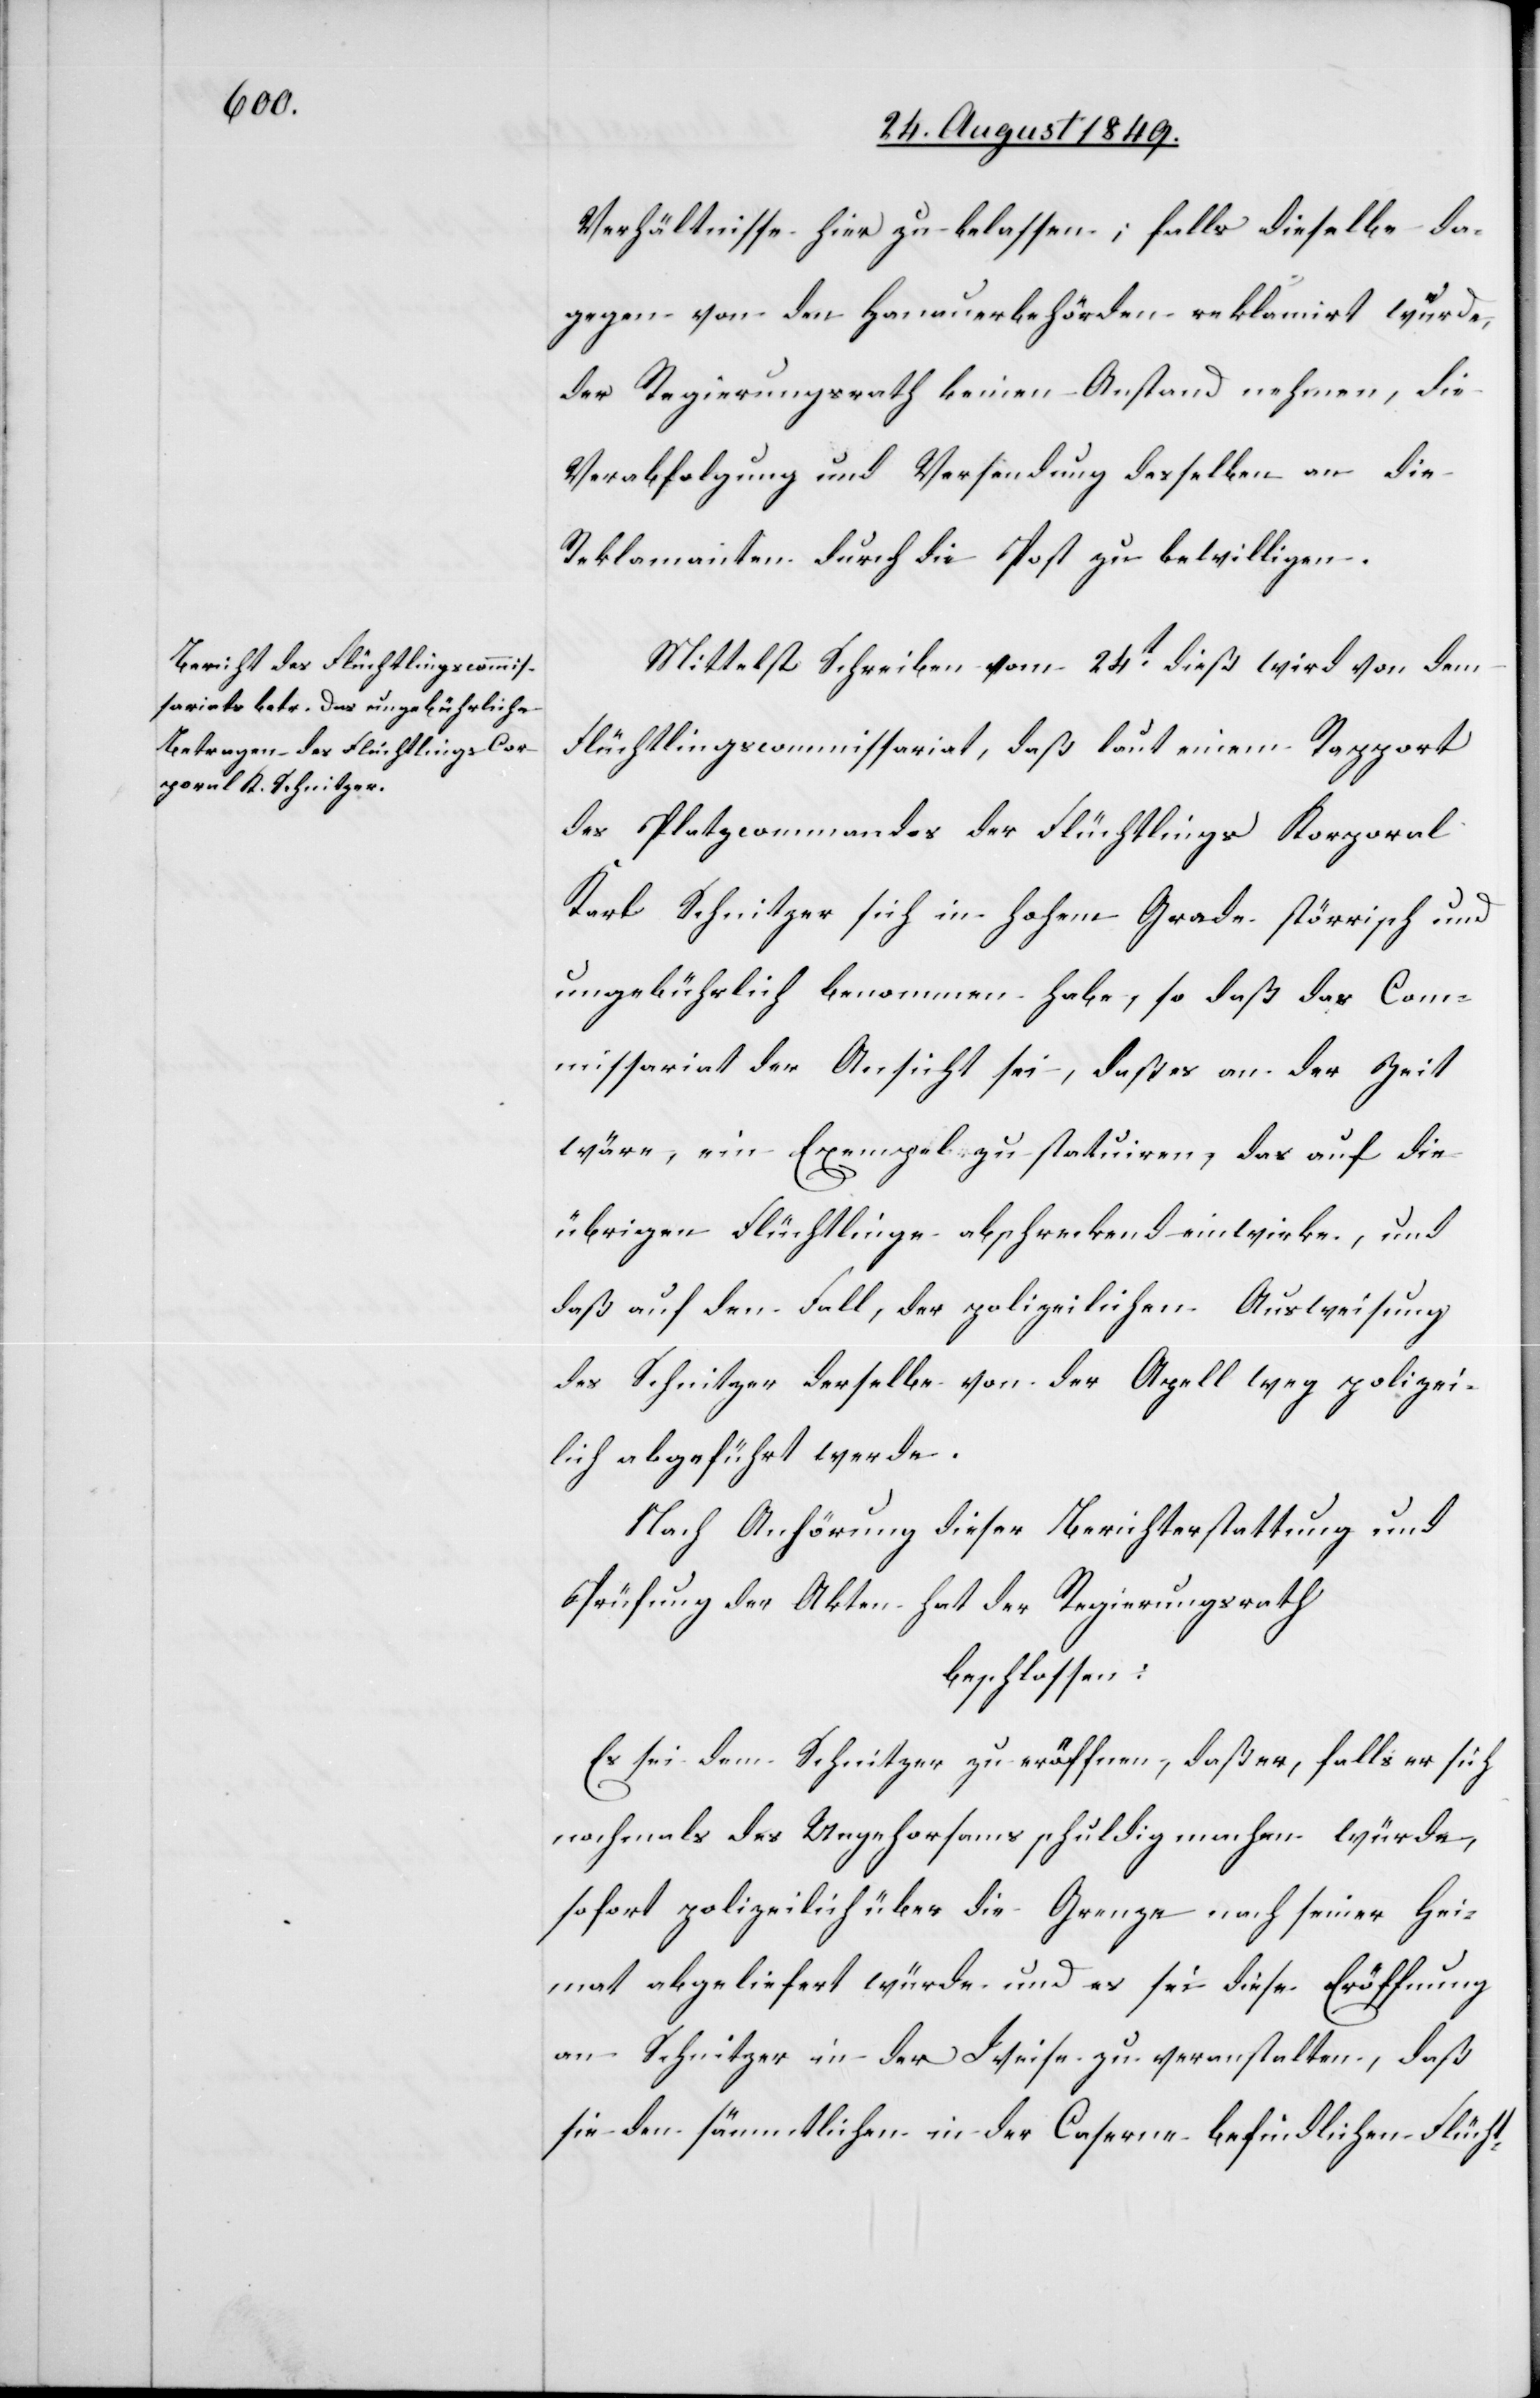
Verhältnisse hier zu belassen; falls dieselbe da¬
gegen von den Hanauerbehörden reklamirt würde,
der Regierungsrath keinen Anstand nehmen [recte:
Verabfolgung und Versendung desselben an die
Reklamation durch die Post zu bewilligen.
Mittelst Schreiben vom 24t dieß wird von dem
Flüchtlingscommissariat, daß laut einem Rapport
des Platzcommandos der Flüchtlings Korporal
Karl Schnitzer sich in hohem Grade störrisch und
ungebührlich benommen habe, so daß das Comm¬
issariat der Ansicht sei, daß es an der Zeit
wäre, ein Exempel zu statuiren, das auf die
übrigen Flüchtlinge abschreckend einwirke, und
daß auf den Fall, der polizeilichen Ausweisung
des Schnitzer derselbe von der Apell weg polizei¬
lich abgeführt werde.
Nach Anhörung dieser Berichterstattung und
Prüfung der Akten hat der Regierungsrath
beschlossen:
Es sei dem Schnitzer zu eröffnen, daß er falls er sich
nochmals des Ungehorsams schuldig machen würde,
sofort polizeilich über die Grenze nach seiner Hei¬
mat abgeliefert würde und es sei diese Eröffnung
an Schnitzer in der Weise zu veranstalten, daß
sie den sämmtlichen in der Caserne befindlichen Flücht-